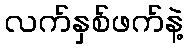
လက်နှစ်ဖက်နဲ့